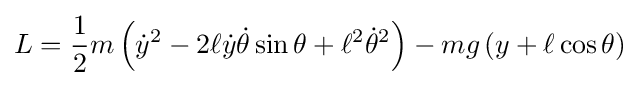
L={\frac {1}{2}}m\left({\dot {y}}^{2}-2\ell {\dot {y}}{\dot {\theta }}\sin \theta +\ell ^{2}{\dot {\theta }}^{2}\right)-mg\left(y+\ell \cos \theta \right)